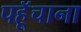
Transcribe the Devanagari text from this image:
पहूॅचाना